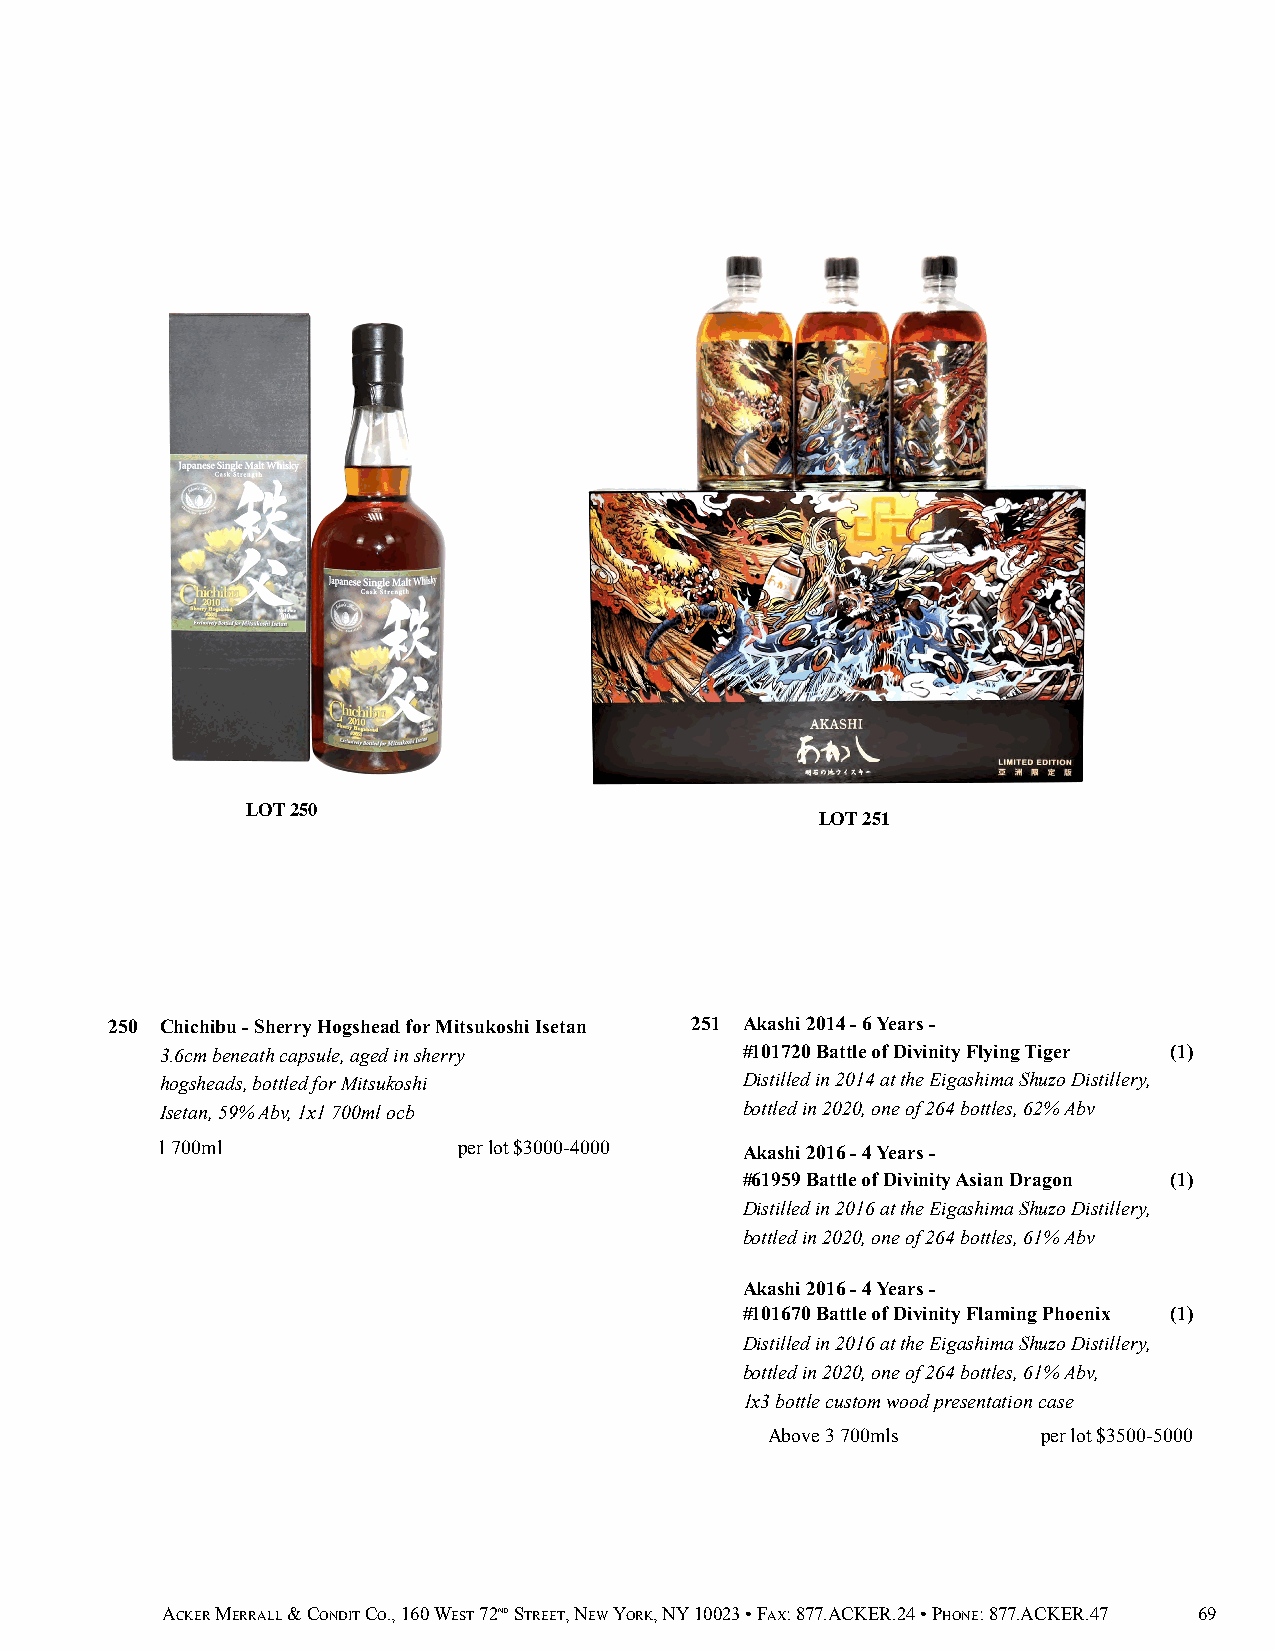
LOT 250
 LOT 251
 250 Chichibu - Sherry Hogshead for Mitsukoshi Isetan 251 Akashi 2014 - 6 Years -
 3.6cm beneath capsule, aged in sherry #101720 Battle of Divinity Flying Tiger (1)
 hogsheads, bottled for Mitsukoshi     Distilled in 2014 at the Eigashima Shuzo Distillery,
 Isetan, 59% Abv, 1x1 700ml ocb        bottled in 2020, one of 264 bottles, 62% Abv
 1 700ml             per lot $3000-4000 Akashi 2016 - 4 Years -
 #61959 Battle of Divinity Asian Dragon (1)
 Distilled in 2016 at the Eigashima Shuzo Distillery,
 bottled in 2020, one of 264 bottles, 61% Abv
 Akashi 2016 - 4 Years -
 #101670 Battle of Divinity Flaming Phoenix (1)
 Distilled in 2016 at the Eigashima Shuzo Distillery,
 bottled in 2020, one of 264 bottles, 61% Abv,
 1x3 bottle custom wood presentation case
 Above 3 700mls    per lot $3500-5000
 ACKER MERRALL & CONDIT CO., 160 WEST 72ND STREET, NEW YORK, NY 10023 • FAX: 877.ACKER.24 • PHONE: 877.ACKER.47 69